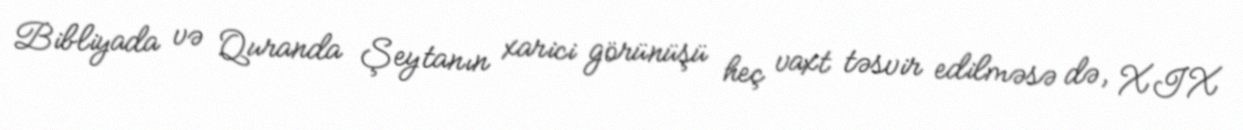
Bibliyada və Quranda Şeytanın xarici görünüşü heç vaxt təsvir edilməsə də, XIX